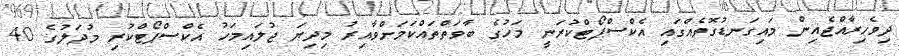
ދިވެހިރާއްޖެއިން މައިގަނޑުގޮތެއްގައި އެކްސްޕޯޓްކުރަނީ މަހުގެ ބާވަތްތައްކަމަށްވާއިރު މިދިޔަ ޖުލައިމަހު އެކްސްޕޯޓްކުރި މުދަލުގެ 40